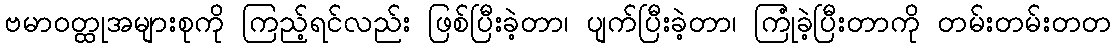
ဗမာဝတ္ထုအများစုကို ကြည့်ရင်လည်း ဖြစ်ပြီးခဲ့တာ၊ ပျက်ပြီးခဲ့တာ၊ ကြုံခဲ့ပြီးတာကို တမ်းတမ်းတတ